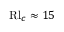
\mathrm { R l } _ { c } \approx 1 5